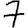
Digit: 7